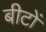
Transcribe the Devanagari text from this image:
बीटों